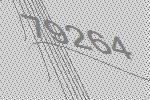
79264